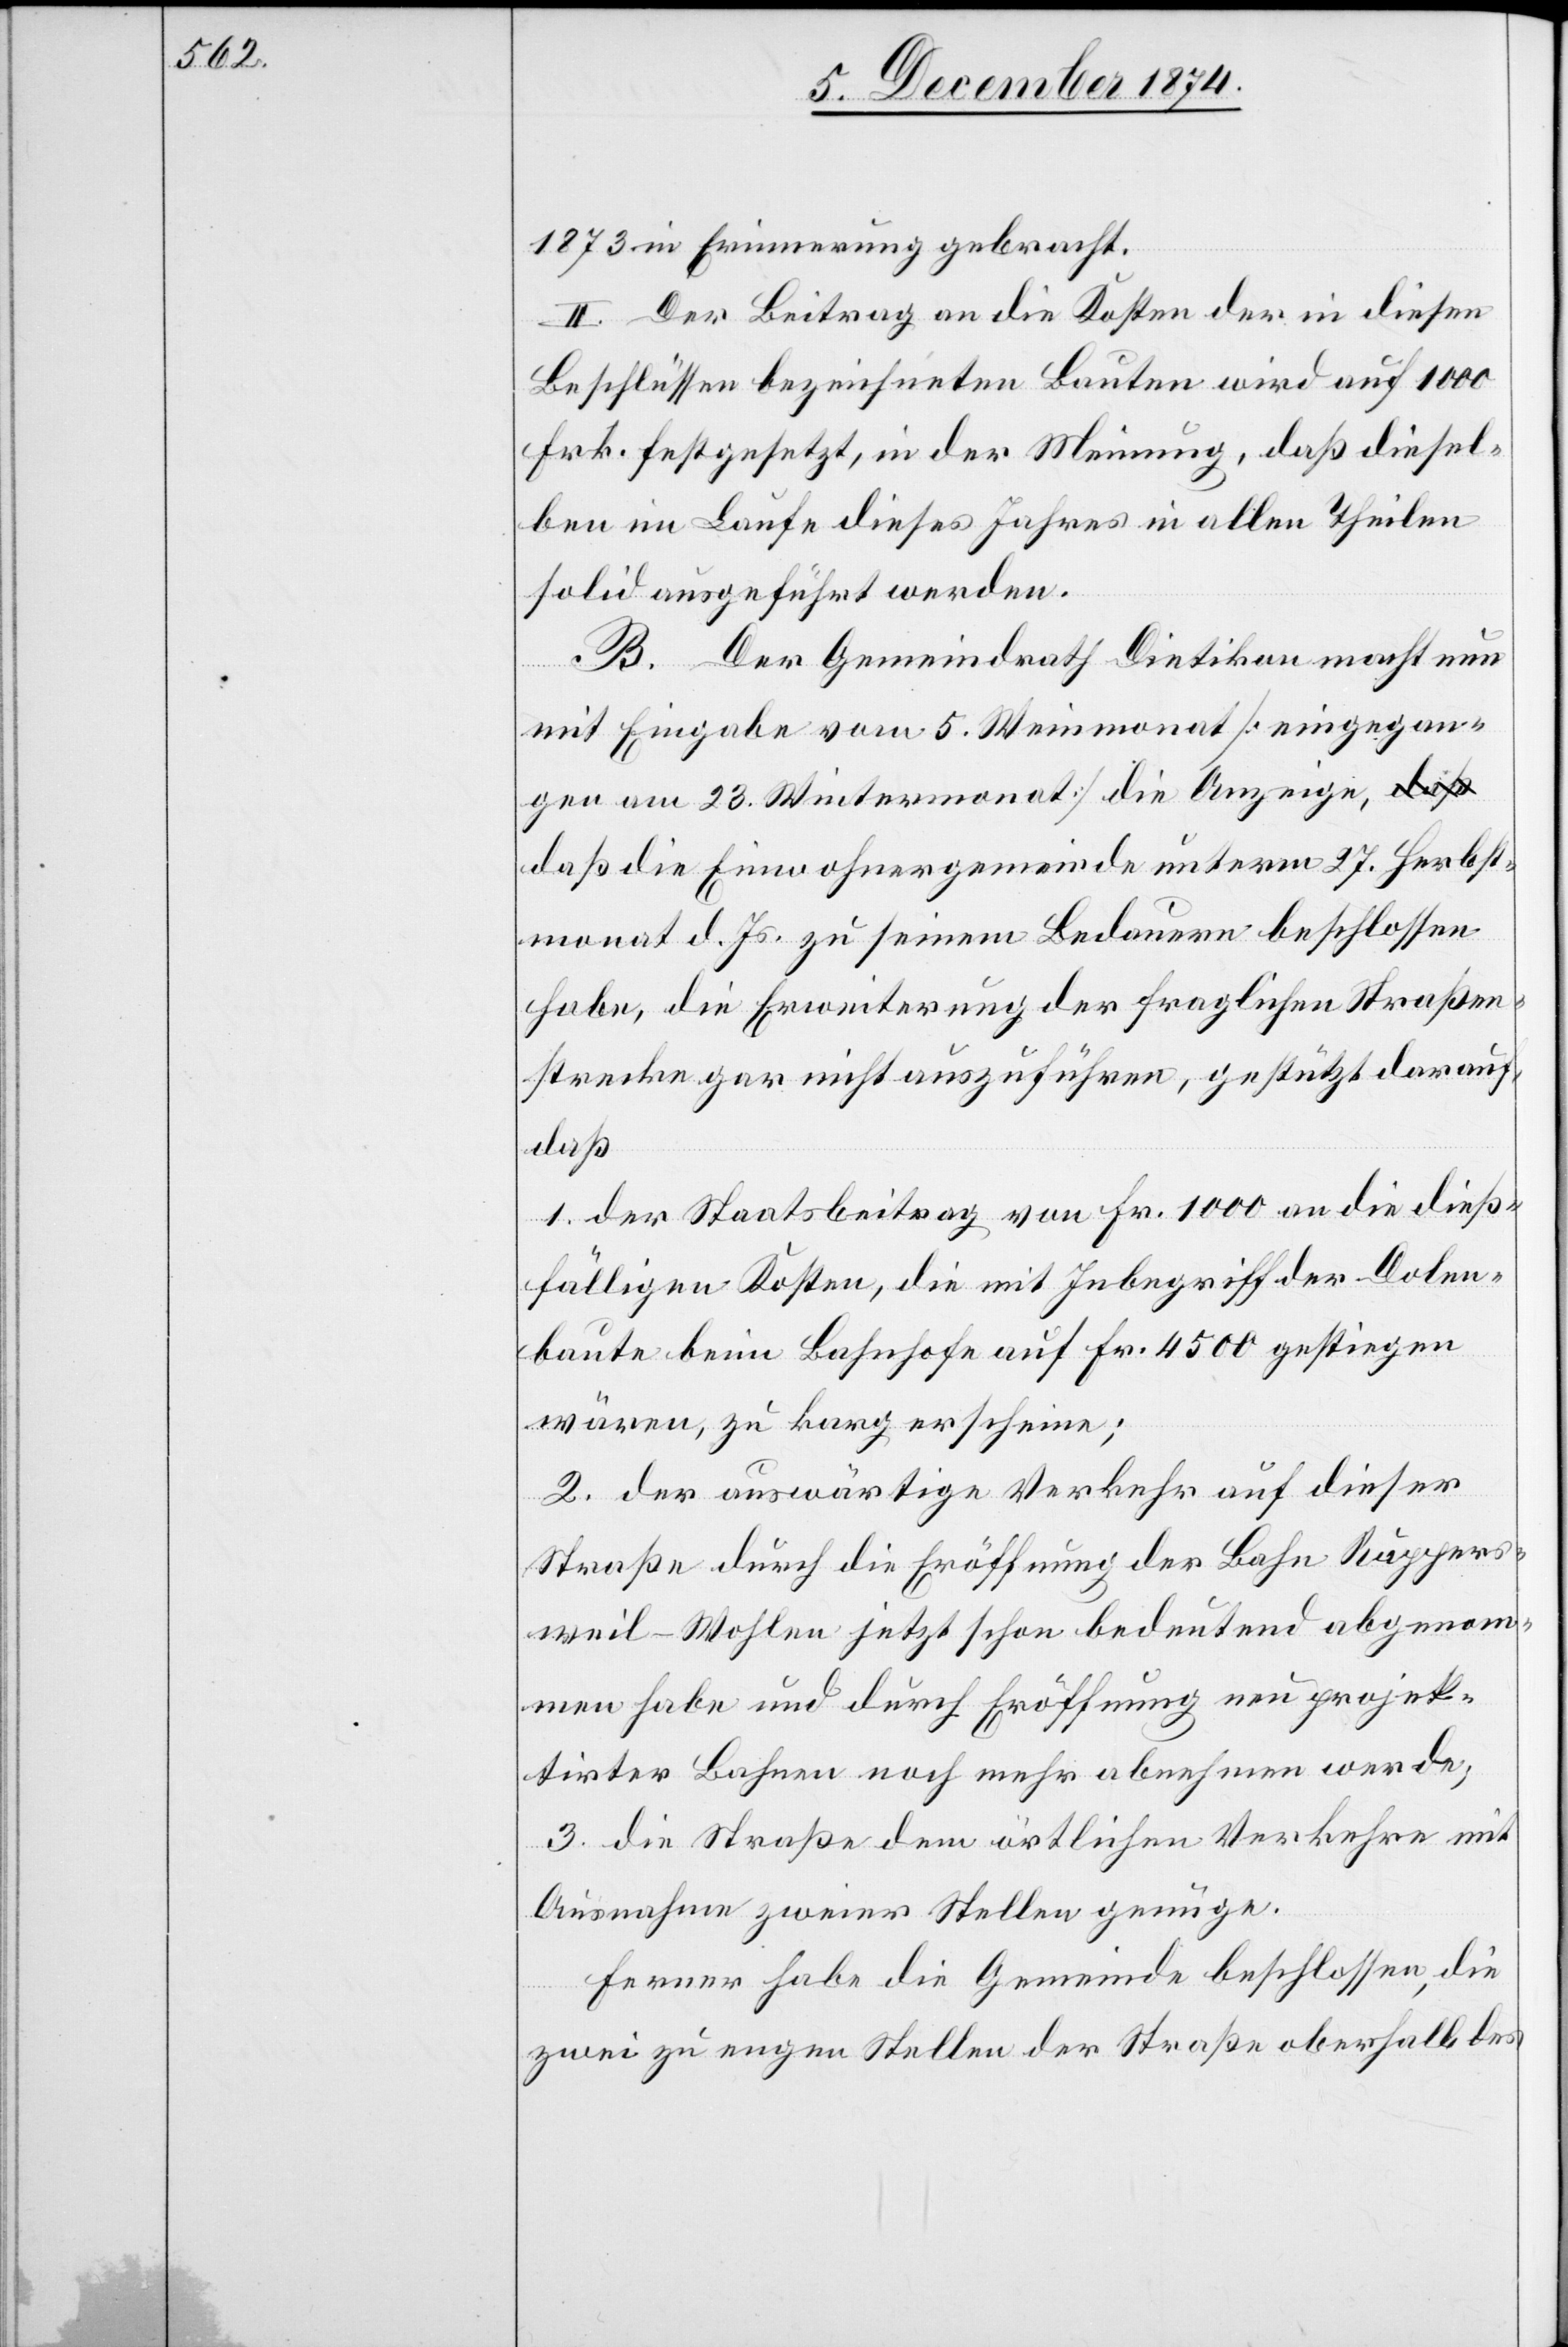
1873 in Erinnerung gebracht.
II. Der Beitrag an die Kosten der in diesen
Beschlüssen bezeichneten Bauten wird auf 1000
Frk. festgesetzt, in der Meinung, daß diesel¬
ben im Laufe dieses Jahres in allen Theilen
solid ausgeführt werden.
B. Der Gemeindrath Dietikon macht nun
mit Eingabe vom 5. Weinmonat [eingegan¬
gen am 23. Wintermonat] die Anzeige,
daß die Einwohnergemeinde unterm 27. Herbst¬
monat d. Js. zu seinem Bedauern beschlossen
habe, die Erweiterung der fraglichen Straßen¬
strecke gar nicht auszuführen, gestützt darauf,
daß
1. der Staatsbeitrag von Fr. 1000 an die dieß¬
fälligen Kosten, die mit Inbegriff der Dolen¬
baute beim Bahnhofe auf Fr. 4500 gestiegen
wären, zu karg erscheine;
2. der auswärtige Verkehr auf dieser
Straße durch die Eröffnung der Bahn Rappers¬
weil–Wohlen jetzt schon bedeutend abgenom¬
men habe und durch Eröffnung neu projek¬
tirter Bahnen noch mehr abnehmen werde;
3. die Straße dem örtlichen Verkehre mit
Ausnahme zweier Stellen genüge.
Ferner habe die Gemeinde beschlossen, die
zwei zu engen Stellen der Straße oberhalb des